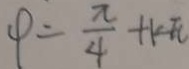
p = \frac { \pi } { 4 } + k \pi